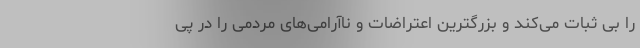
را بی ثبات می‌کند و بزرگترین اعتراضات و ناآرامی‌های مردمی را در پی